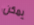
يمكن